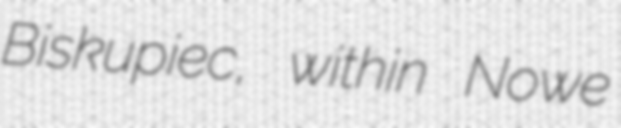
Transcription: Biskupiec, within Nowe